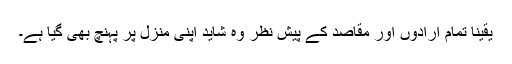
یقیناً تمام ارادوں اور مقاصد کے پیش نظر وہ شاید اپنی منزل پر پہنچ بھی گیا ہے۔